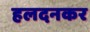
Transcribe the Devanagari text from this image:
हलदनकर